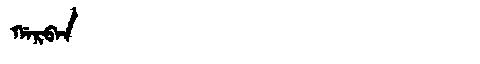
Manchu: ᡤᠠᡵᠪᠠᠨ
Romanization: GARBAN